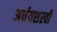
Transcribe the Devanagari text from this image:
अर्धयशस्वी